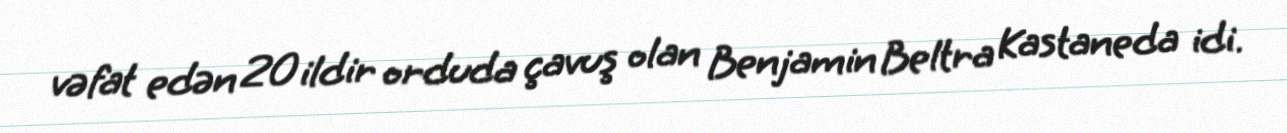
vəfat edən 20 ildir orduda çavuş olan Benjamin Beltra Kastaneda idi.